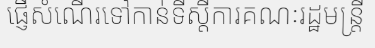
ផ្ញើសំណើរទៅកាន់ទីស្តីការគណៈរដ្ឋមន្ត្រី